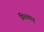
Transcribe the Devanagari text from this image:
गितवाड़